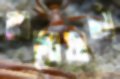
কালোয়াতি